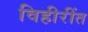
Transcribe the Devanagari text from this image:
विहीरींत